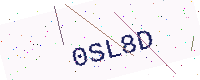
Text: 0SL8D